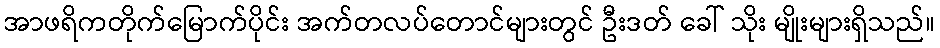
အာဖရိကတိုက်မြောက်ပိုင်း အက်တလပ်တောင်များတွင် ဦးဒတ် ခေါ် သိုး မျိုးများရှိသည်။